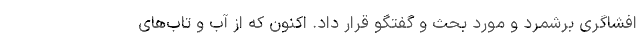
افشاگری برشمرد و مورد بحث و گفتگو قرار داد. اکنون که از آب و تاب‌های